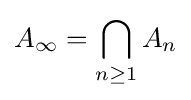
A_{\infty }=\bigcap _{n\geq 1}A_{n}